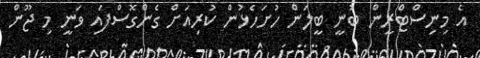
އެ މިނިސްޓްރީން ބުނީ ބީލަން ހުށަހެޅުން ކުރިއަށް ގެންގޮސްފައި ވަނީ މި ޖޫން